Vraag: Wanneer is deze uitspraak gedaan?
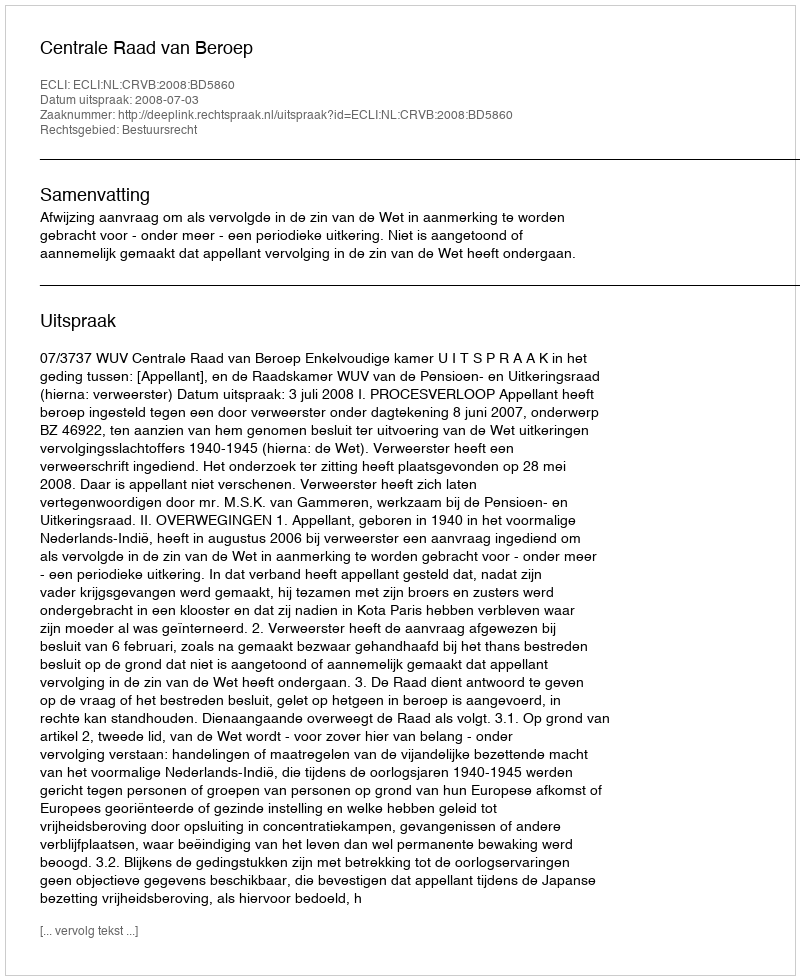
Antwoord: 2008-07-03